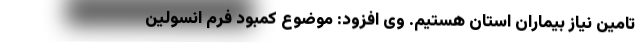
تامین نیاز بیماران استان هستیم. وی افزود: موضوع کمبود فرم انسولین